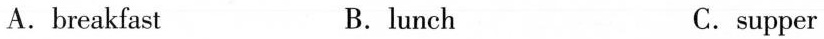
A.breakfast B.lunch C.supper